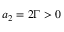
a _ { 2 } = 2 \Gamma > 0